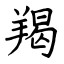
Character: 羯